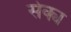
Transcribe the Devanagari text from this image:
सेक्य